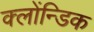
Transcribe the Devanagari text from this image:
क्लोंन्डिक